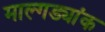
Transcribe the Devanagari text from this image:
माल्गड्यांक